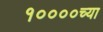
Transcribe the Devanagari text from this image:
१००००च्या